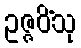
ဥဇ္ဇဝိံသု